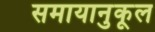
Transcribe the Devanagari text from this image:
समायानुकूल